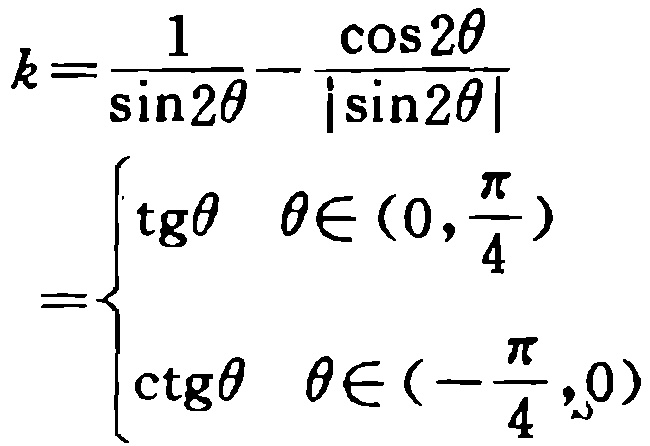
\[
k=\frac{1}{\sin2\theta}-\frac{\cos2\theta}{|\sin2\theta|}
=
\begin{cases}
\operatorname{tg}\theta & \theta\in(0,\frac{\pi}{4}) \\
\operatorname{ctg}\theta & \theta\in(-\frac{\pi}{4},0)
\end{cases}
\]